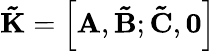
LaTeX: \mathbf{\tilde{K}}=\left[{{\mathbf{A}},\mathbf{\tilde{B}};\mathbf{\tilde{C}},{\mathbf{0}}}\right]